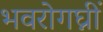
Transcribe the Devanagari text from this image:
भवरोगघ्नीं